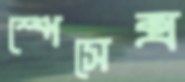
স্পেসেক্স